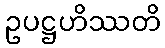
ဥပဋ္ဌဟိဿတိ